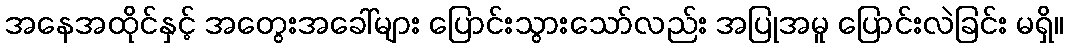
အနေအထိုင်နှင့် အတွေးအခေါ်များ ပြောင်းသွားသော်လည်း အပြုအမူ ပြောင်းလဲခြင်း မရှိ။